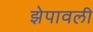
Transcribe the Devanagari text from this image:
झेपावली